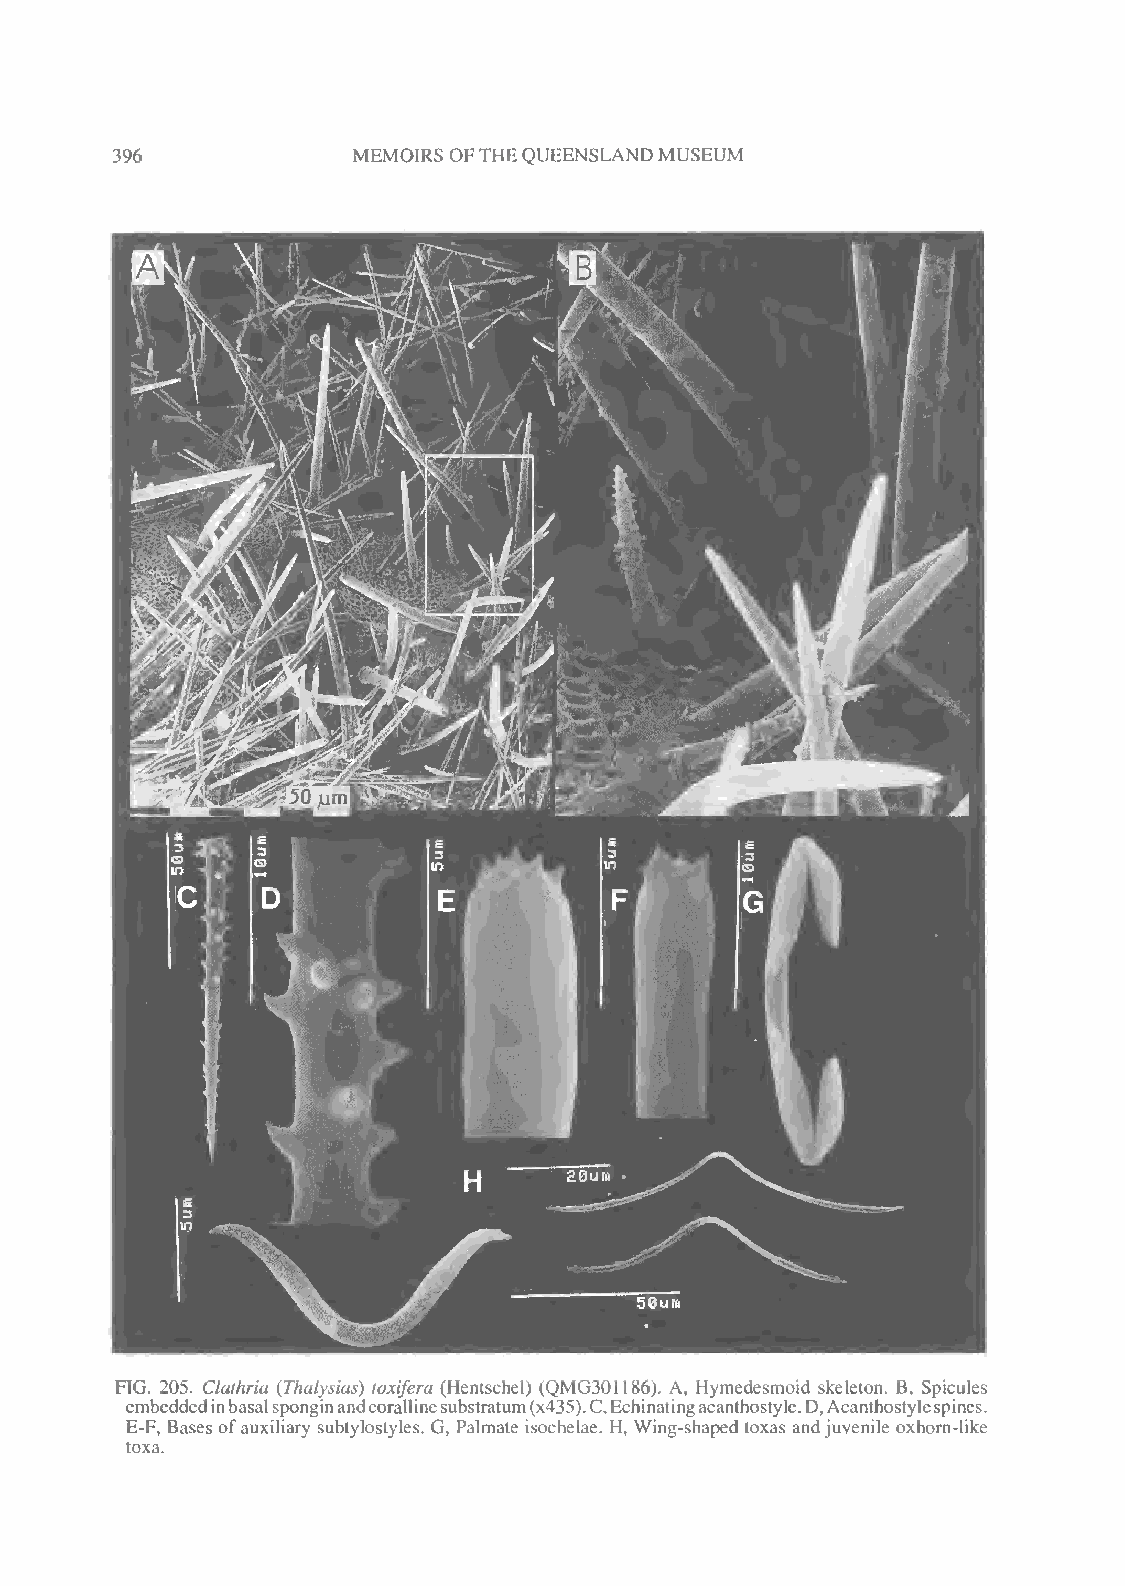
396             MEMOIRS OFTHEQUEENSLAND MUSEUM
 FIG. 205. Clathria (Thalysias) toxifera (Hentschel) (QMG301186). A, Hymedesmoid skeleton. B, Spicules
 embeddedinbasalsponginandcorallinesubstratum(x435).C,Echinatingacanthostyle.D,Acanthostylespines.
 E-F, Bases ofauxiliary subtylostyles. G, Palmate isochelae. H, Wing-shaped toxas andjuvenile oxhorn-like
 toxa.